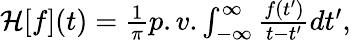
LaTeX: \begin{array}{r}{\mathcal{H}[f](t)=\frac{1}{\pi}p.v.\int_{-\infty}^{\infty}\frac{f(t^{\prime})}{t-t^{\prime}}dt^{\prime},}\end{array}